Indian journal of veterinary science and animal husbandry - Volumes 22-23, 1952-1953
Year: 1952
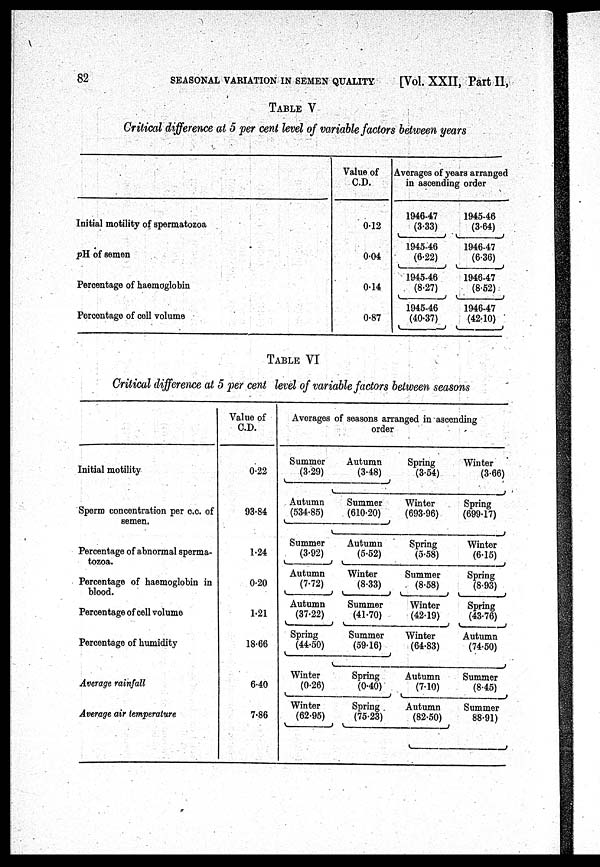
82
SEASONAL VARIATION IN SEMEN QUALITY
[Vol. XXII, Part II,
TABLE V
Critical difference at 5 per cent level of variable factors between years
Initial motility of spermatozoa
pH of semen
Percentage of haemoglobin
Percentage of cell volume
Value of
C.D.
0.12
0.04
0.14
0.87
Averages of years arranged
in ascending order
1946.47
(3.33)
1945.46
(6.22)
1945-46
(8.27)
1945-46
(40.37)
1945-46
(3.64)
1946-47
(6.36)
1946-47
(8.52)
1946-47
(42.10)
TABLE VI
Critical difference at 5 per cent level of variable factors between seasons
Initial motility
Sperm concentration per c.c. of
semen.
Percentage of abnormal sperma-
Percentage of haemoglobin in
blood.
Percentage of cell volume
Percentage of humidity
Average rainfall
Average air temperature
Value of
C.D.
0.22
93.84
1.24
0.20
1.21
18.66
6.40
7.86
Averages of seasons arranged in ascending
order
Summer
(3.29)
Autumn
(534.85)
Summer
(3.92)
Autumn
(7.72)
Autumn
(37.22)
Spring
(44.50)
Winter
(0.26)
Winter
(62.95)
Autumn
(3.48)
Summer
(610.20)
Autumn
(5.52)
Winter
(8.33)
Summer
(41.70)
Summer
(59.16)
Spring
(0.40)
Spring
(75.23)
Spring
(3.54)
Winter
(693.96)
Spring
(5.58)
Summer
(8.58)
Winter
(42.19)
Winter
(64.83)
Autumn
(7.10)
Autumn
(82.50)
Winter
(3.66)
Spring
(699.17)
Winter
(6.15)
Spring
(8.93)
Spring
(43.76)
Autumn
(74.50)
Summer
(8.45)
Summer
88.91)